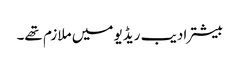
بیشتر ادیب ریڈیو میں ملازم تھے۔